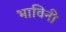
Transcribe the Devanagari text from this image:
भाविनी